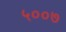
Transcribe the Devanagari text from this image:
५००७